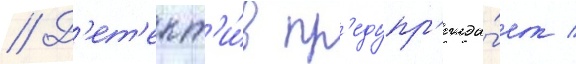
// Д'ет'ект'и́в пр'едупр'ежда́ет /